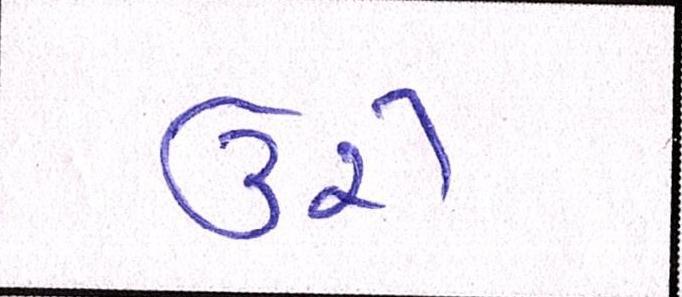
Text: ઉરી